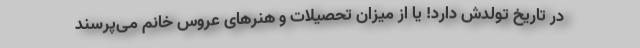
در تاریخ تولدش دارد! یا از میزان تحصیلات و هنرهای عروس خانم می‌پرسند